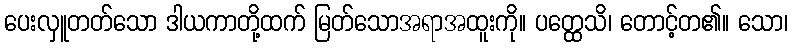
ပေးလှူတတ်သော ဒါယကာတို့ထက် မြတ်သောအရာအထူးကို။ ပတ္ထေသိ၊ တောင့်တ၏။ သော၊